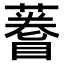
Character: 𫉫